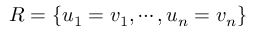
R = \{ u _ { 1 } = v _ { 1 } , \cdots , u _ { n } = v _ { n } \}